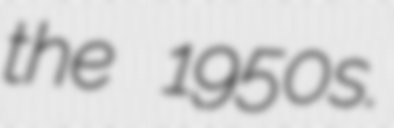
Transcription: the 1950s.